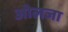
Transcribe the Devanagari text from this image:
ओलजा